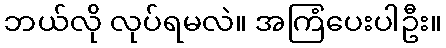
ဘယ်လို လုပ်ရမလဲ။ အကြံပေးပါဦး။